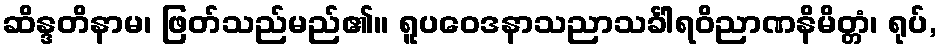
ဆိန္ဒတိနာမ၊ ဖြတ်သည်မည်၏။ ရူပဝေဒနာသညာသင်္ခါရဝိညာဏနိမိတ္တံ၊ ရုပ်,